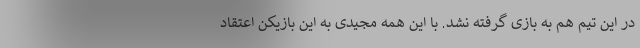
در این تیم هم به بازی گرفته نشد. با این همه مجیدی به این بازیکن اعتقاد